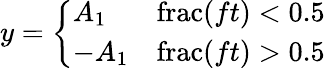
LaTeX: y={\left\{ \begin{array}{ll}{A_{1}}&{\operatorname{frac}(ft)<0.5}\\ {-A_{1}}&{\operatorname{frac}(ft)>0.5}\end{array}\right.}